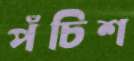
পঁচিশ